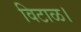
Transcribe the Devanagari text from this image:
विटाळ।